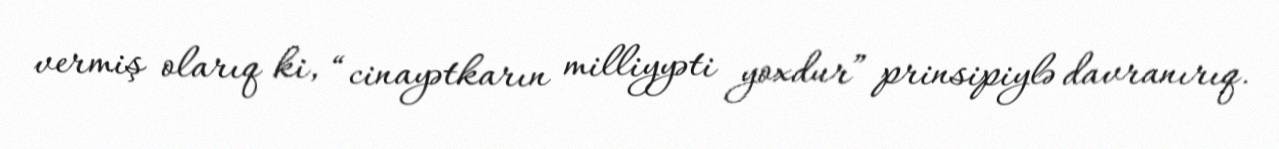
vermiş olarıq ki, “cinayətkarın milliyyəti yoxdur” prinsipiylə davranırıq.